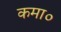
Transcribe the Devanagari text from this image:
कमा०